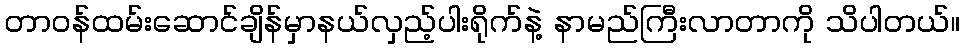
တာဝန်ထမ်းဆောင်ချိန်မှာနယ်လှည့်ပါးရိုက်နဲ့ နာမည်ကြီးလာတာကို သိပါတယ်။